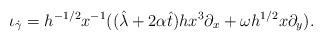
LaTeX: \begin{align*}\iota_{\dot{\gamma}} = h^{-1/2}x^{-1}( (\hat{\lambda}+2\alpha\hat{t})hx^3\partial_x + \omega h^{1/2}x\partial_y).\end{align*}